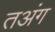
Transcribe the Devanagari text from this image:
तअंग